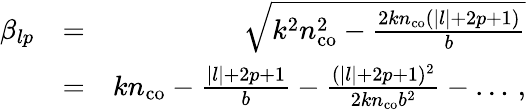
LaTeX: \begin{array}{rlr}{\beta_{lp}}&{=}&{\sqrt{k^{2}n_{\mathrm{co}}^{2}-\frac{2kn_{\mathrm{co}}(|l|+2p+1)}{b}}}\\ &{=}&{kn_{\mathrm{co}}-\frac{|l|+2p+1}b-\frac{(|l|+2p+1)^{2}}{2kn_{\mathrm{co}}b^{2}}-\dots\, ,}\end{array}